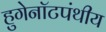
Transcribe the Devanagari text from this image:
हुगेनॉटपंथीय